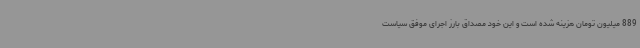
889 میلیون تومان هزینه شده است و این خود مصداق بارز اجرای موفق سیاست